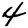
Digit: 4